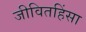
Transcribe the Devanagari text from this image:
जीवितहिंसा